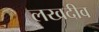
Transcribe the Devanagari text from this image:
लखदीव